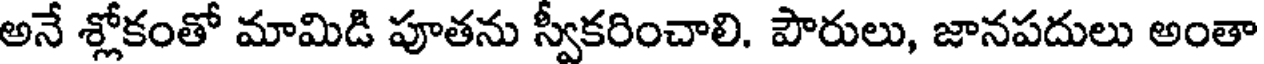
అనే శ్లోకంతో మామిడి పూతను స్వీకరించాలి. పౌరులు, జానపదులు అంతా